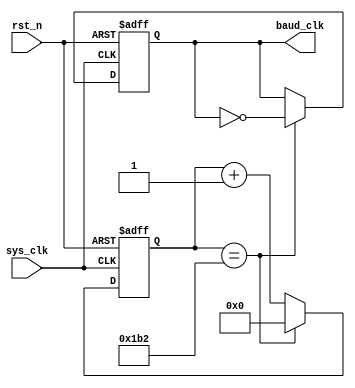
`timescale 1ns / 1ps
//////////////////////////////////////////////////////////////////////////////////
// Company: 
// Engineer: 
// 
// Design Name: 
// Module Name: CLK_div
// Project Name: 
// Target Devices: 
// Tool Versions: 
// Description: 
// 
// Dependencies: 
// 
// Revision:
// Revision 0.01 - File Created
// Additional Comments:
// 
//////////////////////////////////////////////////////////////////////////////////


module CLK_div #(
    parameter BAUD = 115200,
    parameter CLK_frq = 100000000
)(
    input sys_clk,//
    input rst_n,//
    output reg baud_clk//
    );
    parameter DIV_MAX = CLK_frq/BAUD;//
    parameter EDGE_NUM =DIV_MAX/2;//

    reg [8:0]clk_cnt;//
    //
    always @(posedge sys_clk or negedge rst_n) begin
        if(!rst_n)begin
            clk_cnt <= 10'd0;
            baud_clk <= 1'b0;
        end
        else if(clk_cnt == EDGE_NUM)begin
            clk_cnt <= 10'd0;
            baud_clk <= ~baud_clk;
        end
        else begin
            clk_cnt <= clk_cnt + 10'd1;
            baud_clk <= baud_clk;
        end
    end
    
endmodule